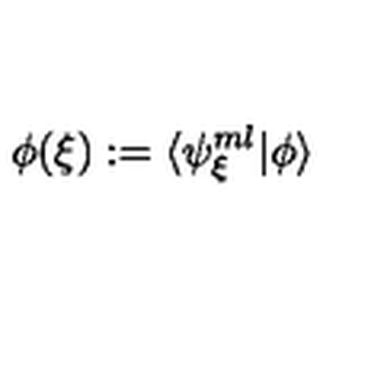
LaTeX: \phi ( { \xi } ) : = \langle \psi _ { { \xi } } ^ { m l } \vert \phi \rangle